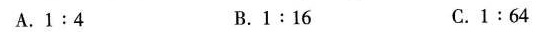
A.1:4 B.1:16 C.1:64